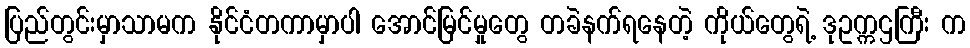
ပြည်တွင်းမှာသာမက နိုင်ငံတကာမှာပါ အောင်မြင်မှုတွေ တခဲနက်ရနေတဲ့ ကိုယ်တွေရဲ့ ဒုဥက္ကဌကြီး က